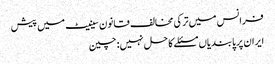
فرانس میں ترکی مخالف قانون سینیٹ میں پیش
ایران پر پابندیاں مسئلے کا حل نہیں: چین